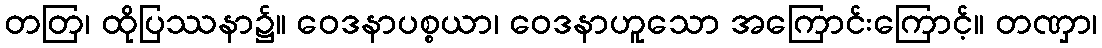
တတြ၊ ထိုပြဿနာ၌။ ဝေဒနာပစ္စယာ၊ ဝေဒနာဟူသော အကြောင်းကြောင့်။ တဏှာ၊